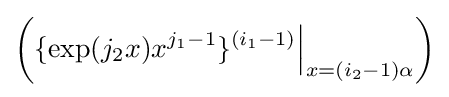
\left(\{\exp(j_{2}x)x^{j_{1}-1}\}^{(i_{1}-1)}{\Big |}_{x=(i_{2}-1)\alpha }\right)